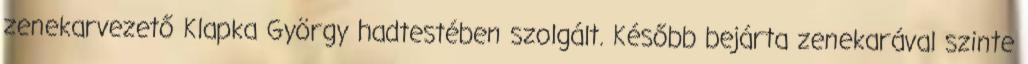
zenekarvezető Klapka György hadtestében szolgált. Később bejárta zenekarával szinte